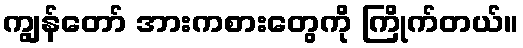
ကျွန်တော် အားကစားတွေကို ကြိုက်တယ်။